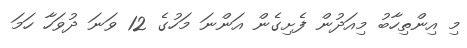
މި އިންތިހާބު މިއަދުން ފެށިގެން އަންނަ މަހުގެ 12 ވަނަ ދުވަހާ ހަމަ